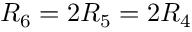
{ \cal R } _ { 6 } = 2 { \cal R } _ { 5 } = 2 { \cal R } _ { 4 }